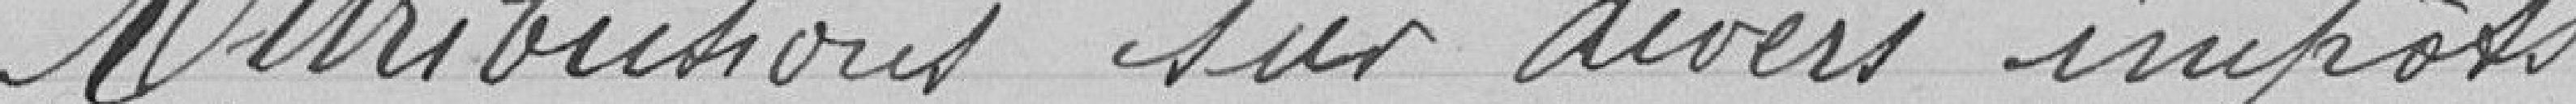
Attributions sur divers impôts